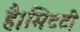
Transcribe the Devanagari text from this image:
है।मिटटी